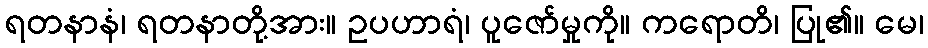
ရတနာနံ၊ ရတနာတို့အား။ ဥပဟာရံ၊ ပူဇော်မှုကို။ ကရောတိ၊ ပြု၏။ မေ၊